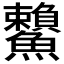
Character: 𩽓